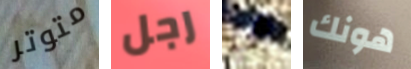
متوتر رجل هي هونك